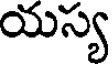
యస్య